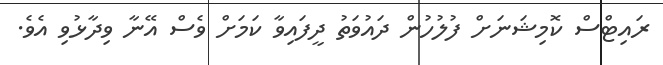
ރައިޓްސް ކޮމިޝަނަށް ފުލުހުން ދައުވަތު ދީފައިވާ ކަމަށް ވެސް އޭނާ ވިދާޅުވި އެވެ.